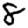
Digit: 8